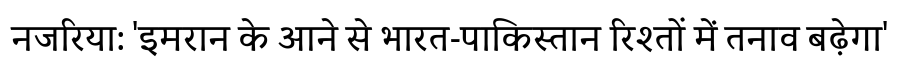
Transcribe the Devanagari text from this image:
नजरिया: 'इमरान के आने से भारत-पाकिस्तान रिश्तों में तनाव बढ़ेगा'